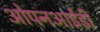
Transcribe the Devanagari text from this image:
ओपनआईडी